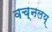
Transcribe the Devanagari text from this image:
वच्नलय्